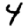
Digit: 4